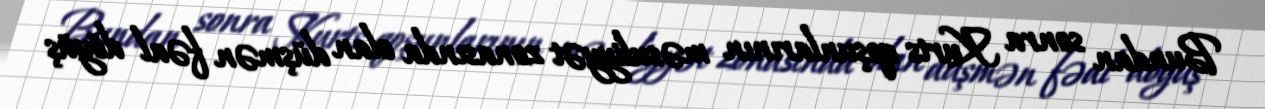
Bundan sonra Kurts qoşunlarının məsuliyyət zonasında olan düşmən fəal döyüş